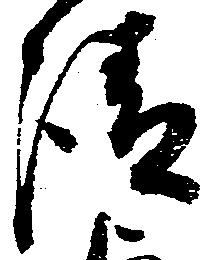
請